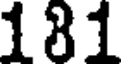
181